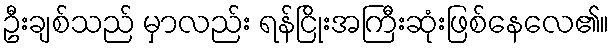
ဦးချစ်သည် မှာလည်း ရန်ငြိုးအကြီးဆုံးဖြစ်နေလေ၏။